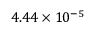
4 . 4 4 \times 1 0 ^ { - 5 }